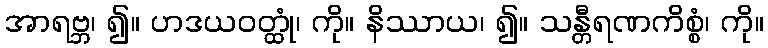
အာရဗ္ဘ၊ ၍။ ဟဒယဝတ္ထုံ၊ ကို။ နိဿာယ၊ ၍။ သန္တီရဏကိစ္စံ၊ ကို။